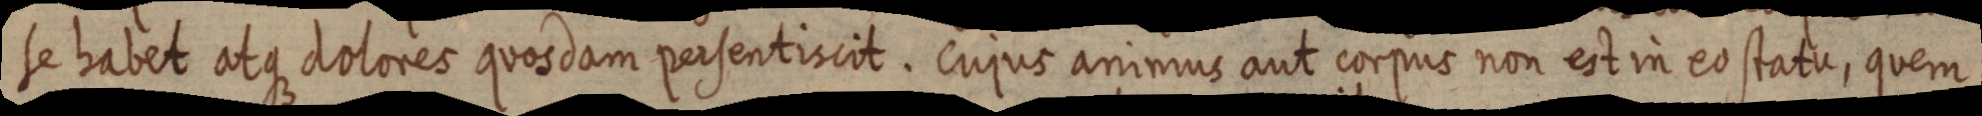
se habet atque dolores quosdam persentiscit. Cujus animus aut corpus non est in eo statu, quem